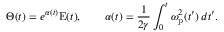
\Theta ( t ) = e ^ { \alpha ( t ) } \mathrm { E } ( t ) , \qquad \alpha ( t ) = \frac { 1 } { 2 \gamma } \int _ { 0 } ^ { t } \omega _ { \mathrm { p } } ^ { 2 } ( t ^ { \prime } ) \, d t ^ { \prime } .